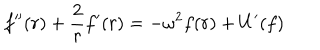
f ^ { \prime \prime } ( r ) + \frac { 2 } { r } f ^ { \prime } ( r ) = - \omega ^ { 2 } f ( r ) + U ^ { \prime } ( f )